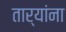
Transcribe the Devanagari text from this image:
तार्‍यांना